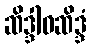
ဆိဒ္ဒါဝဆိဒ္ဒံ